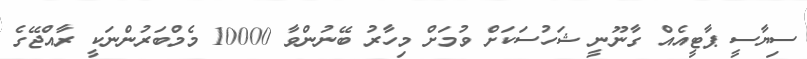
ސިޔާސީ ޕާޓީއެއް ގާނޫނީ ޝަހުސަކަށް ވުމަށް މިހާރު ބޭނުންވާ 10000 މެމްބަރުންނަކީ ރާއްޖޭގެ